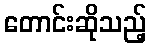
တောင်းဆိုသည့်